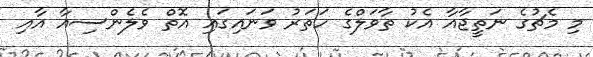
މި މެޗުގެ ނަތީޖާއާ އެކު ތާވަލްގެ ހަތަރު ވަނައިގައި އޮތް ވެލެންސިއާ އާއި